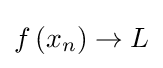
f\left(x_{n}\right)\to L